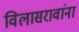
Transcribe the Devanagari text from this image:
विलासरावांना